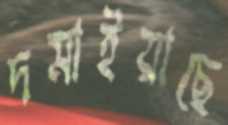
দমাইয়াছে